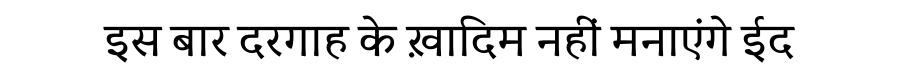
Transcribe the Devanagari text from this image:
इस बार दरगाह के ख़ादिम नहीं मनाएंगे ईद